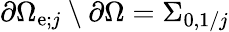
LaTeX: \partial\Omega_{\mathrm{e};j}\setminus\partial\Omega=\Sigma_{0,1/j}